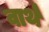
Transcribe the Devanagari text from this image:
वार्थ